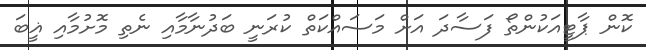
ކޮން ޕާޓީއަކުންތޯ ފަސާދަ އަށް މަސައްކަތް ކުރަނީ ބަދުނާމާއި ނެތި މޮށުމާއި ޣީބަ